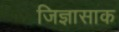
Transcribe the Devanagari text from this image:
जिज्ञासाक